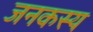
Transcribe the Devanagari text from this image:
जनकस्य